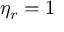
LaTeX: \eta _ { r } = 1